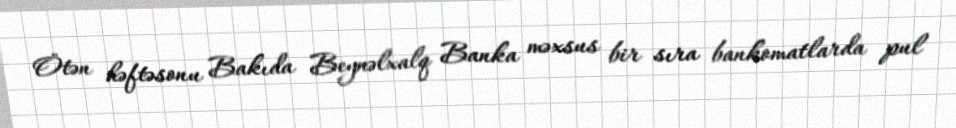
Ötən həftəsonu Bakıda Beynəlxalq Banka məxsus bir sıra bankomatlarda pul